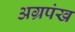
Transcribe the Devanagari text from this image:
अग्रपंख